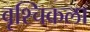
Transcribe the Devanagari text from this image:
वृश्‍चिकला